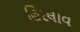
હિરલાવ